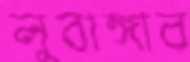
লুবাঙ্গার